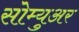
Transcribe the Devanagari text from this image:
सोम्युअर